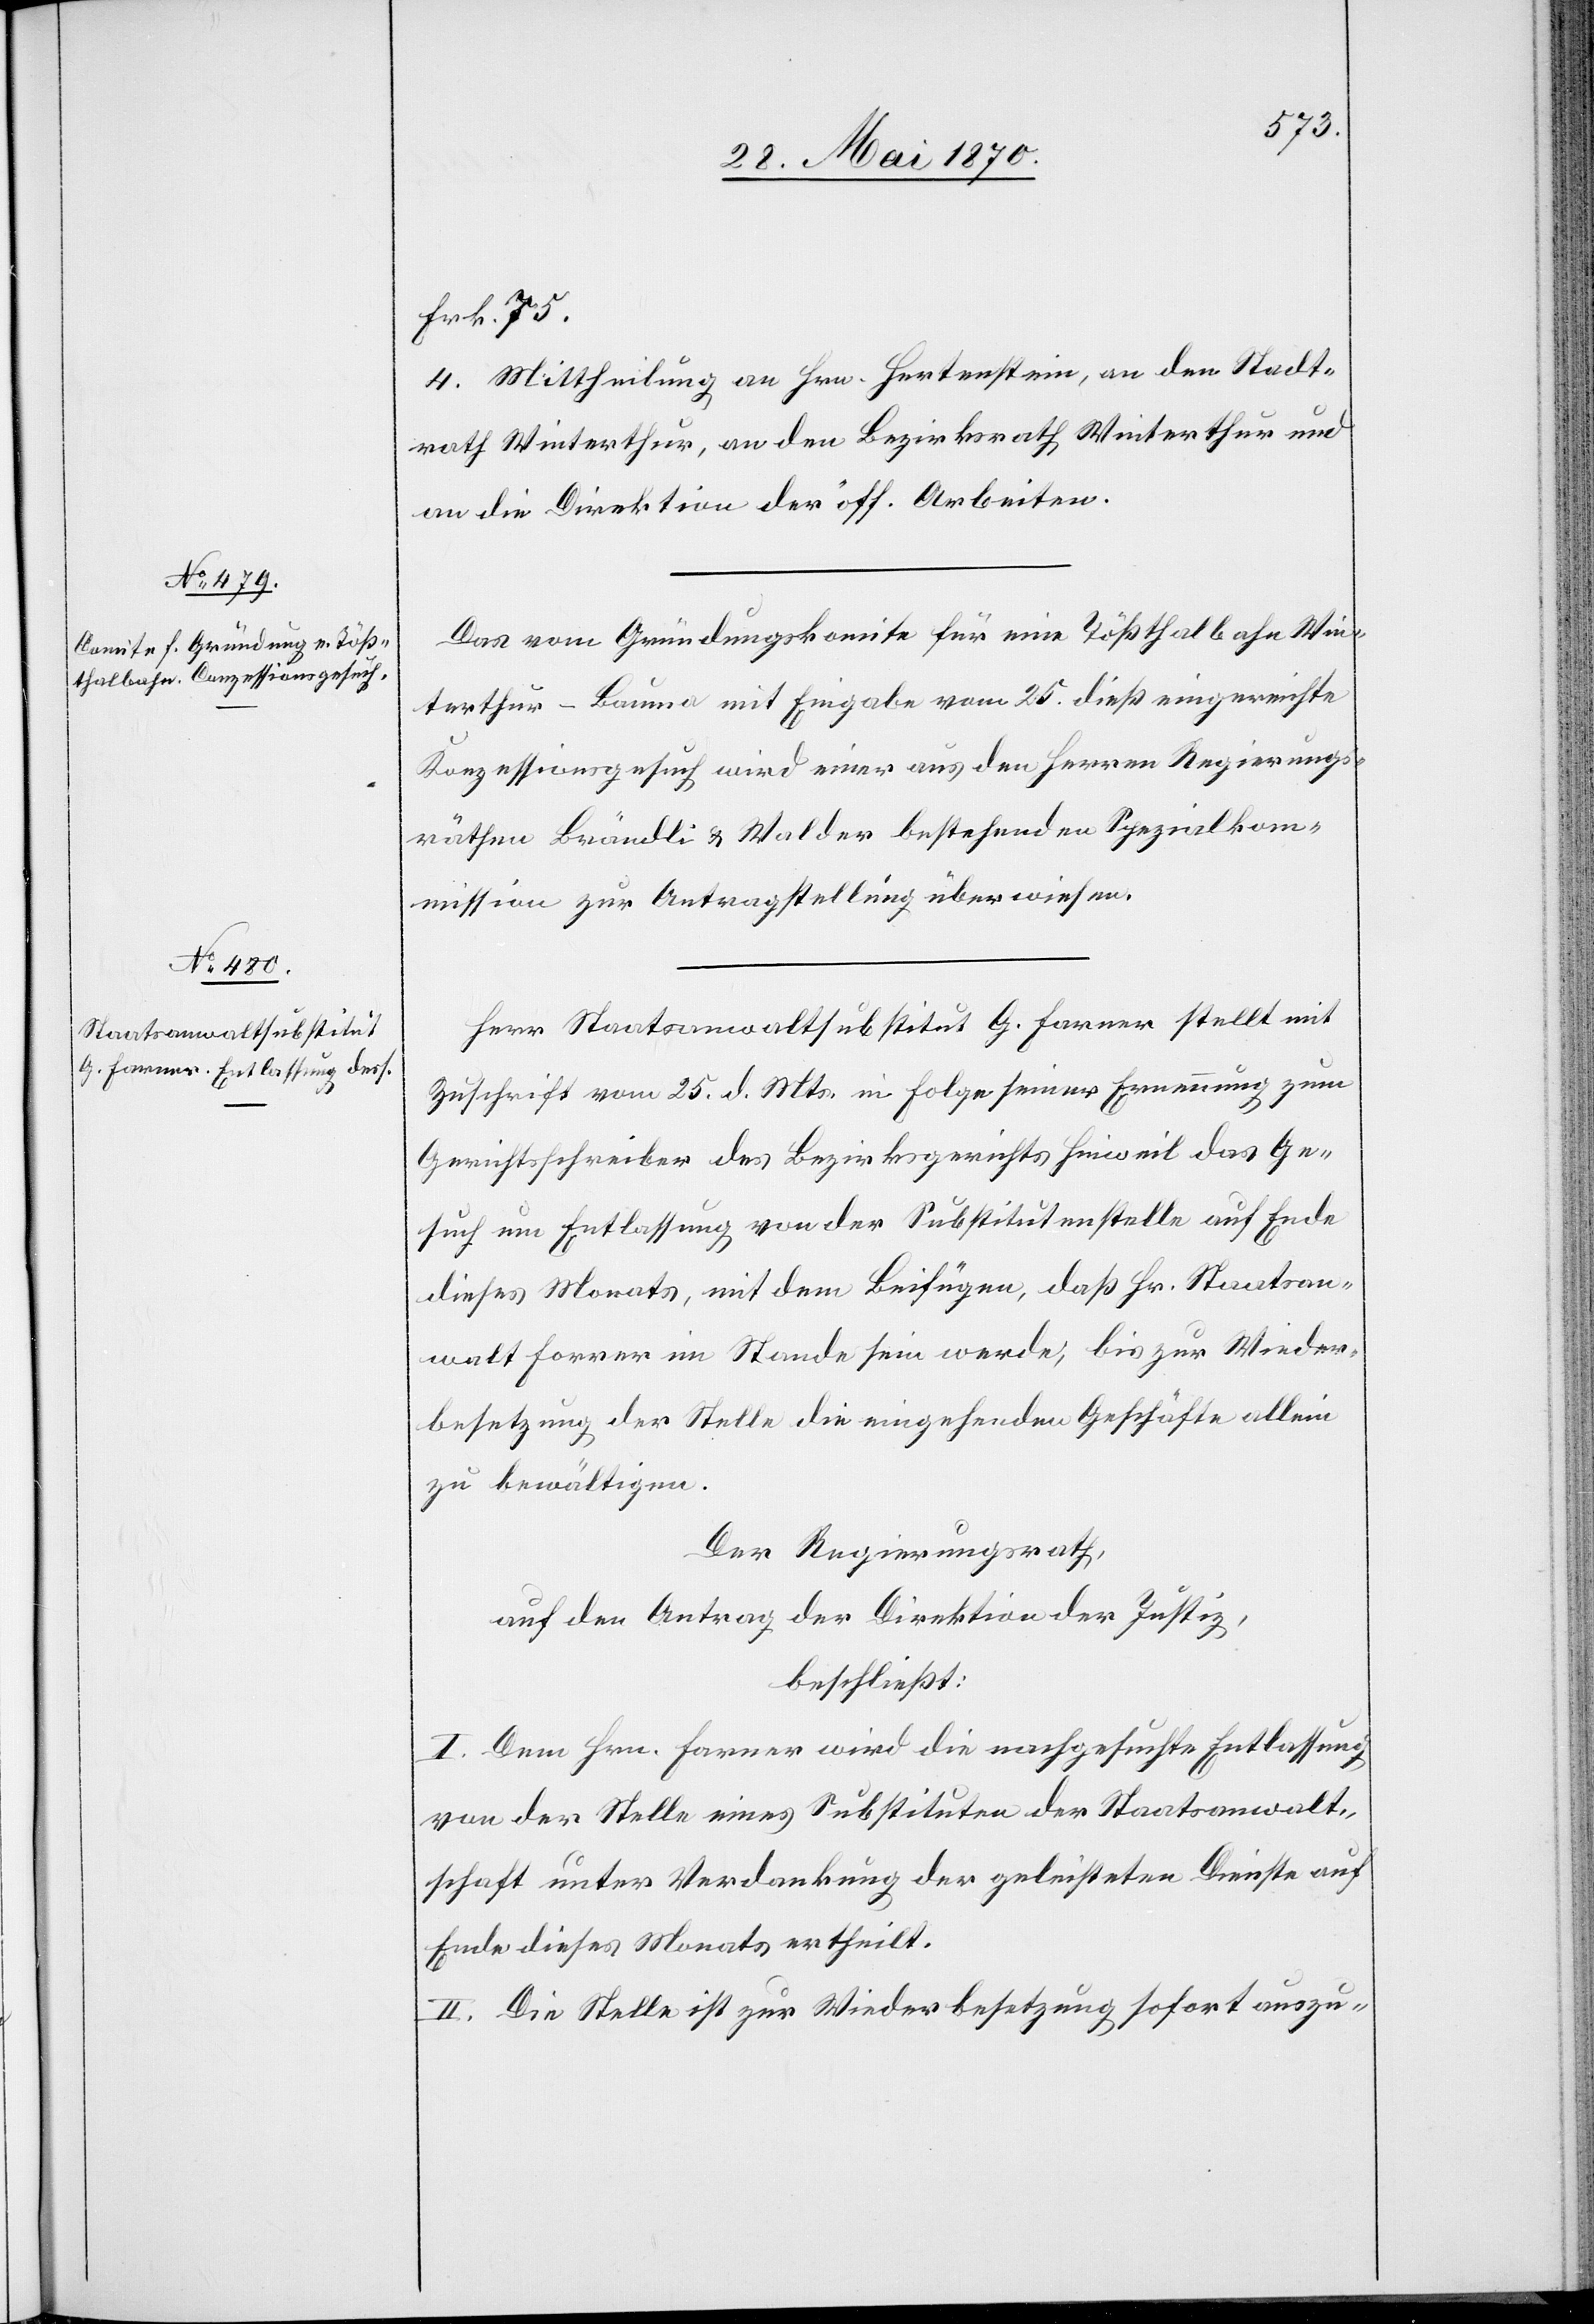
Frk. 75.
4. Mittheilung an Hrn. Hertenstein, an den Stadt¬
rath Winterthur, an den Bezirksrath Winterthur und
an die Direktion der öff. Arbeiten.
Das vom Gründungskomite für eine Tößthalbahn Win¬
terthur–Bauma mit Eingabe vom 25. dieß eingereichte
Konzessionsgesuch wird einer aus den Herren Regierungs¬
räthen Brändli & Walder bestehenden Spezialkom¬
mission zur Antragstellung überwiesen.
Herr Staatsanwaltsubstitut G. Farner stellt mit
Zuschrift vom 25. d. Mts. in Folge seiner Ernennung zum
Gerichtsschreiber des Bezirksgerichts Hinweil das Ge¬
such um Entlassung von der Substitutenstelle auf Ende
dieses Monats, mit dem Beifügen, daß Hr. Staatsan¬
walt Forrer im Stande sein werde, bis zur Wieder¬
besetzung der Stelle die eingehenden Geschäfte allein
zu bewältigen.
Der Regierungsrath,
auf den Antrag der Direktion der Justiz,
beschließt:
I. Dem Hrn. Farner wird die nachgesuchte Entlassung
von der Stelle eines Substituten der Staatsanwalt¬
schaft unter Verdankung der geleisteten Dienste auf
Ende dieses Monats ertheilt.
II. Die Stelle ist zur Wiederbesetzung sofort auszu-